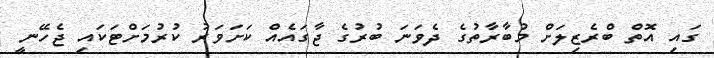
ގައި އޮތް ބްރެޒިލަށް މުބާރާތުގެ ދެވަނަ ބުރުގެ ޖާގައެއް ކަށަވަރު ކުރުމަށްޓަކައި ޖެހޭނީ